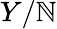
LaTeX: Y/\mathbb{N}